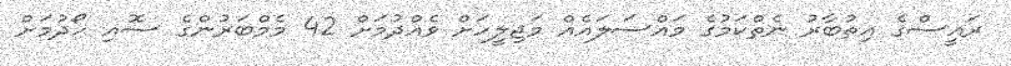
ރައީސްގެ އިތުބާރު ނެތްކަމުގެ މައްސަލައެއް މަޖިލީހަށް ވެއްދުމަށް 42 މެމްބަރުންގެ ސޮއި ހޯދުމަށް